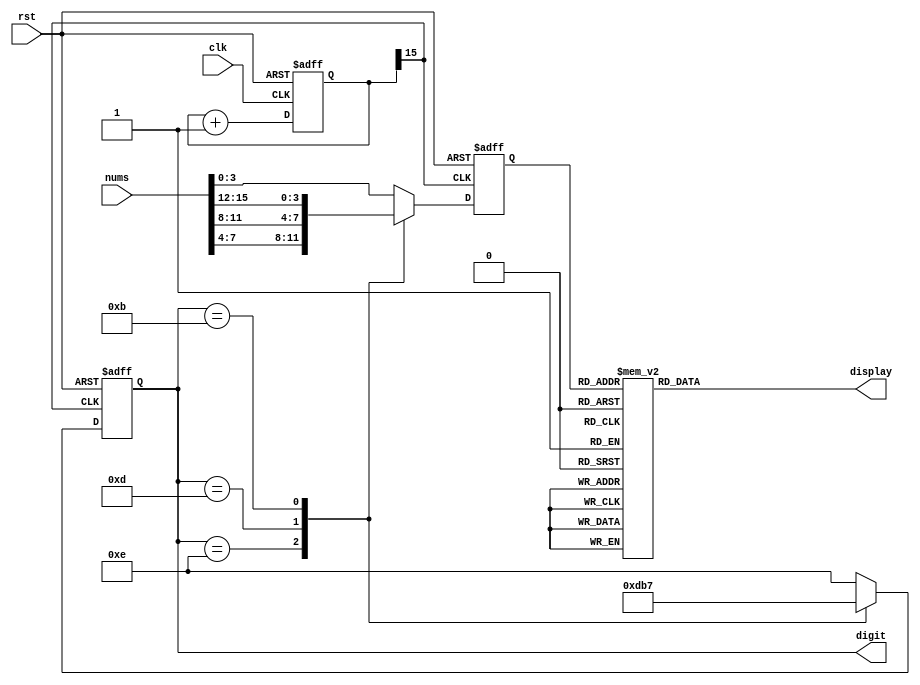
module SevenSegment(
	output reg [6:0] display,
	output reg [3:0] digit,
	input wire [15:0] nums,
	input wire rst,
	input wire clk
    );
    
    reg [15:0] clk_divider;
    reg [3:0] display_num;
    
    always @ (posedge clk, posedge rst) begin
    	if (rst) begin
    		clk_divider <= 15'b0;
    	end else begin
    		clk_divider <= clk_divider + 15'b1;
    	end
    end
    
    always @ (posedge clk_divider[15], posedge rst) begin
    	if (rst) begin
    		display_num <= 4'b0000;
    		digit <= 4'b1111;
    	end else begin
    		case (digit)
    			4'b1110 : begin
    					display_num <= nums[7:4];
    					digit <= 4'b1101;
    				end
    			4'b1101 : begin
						display_num <= nums[11:8];
						digit <= 4'b1011;
					end
    			4'b1011 : begin
						display_num <= nums[15:12];
						digit <= 4'b0111;
					end
    			4'b0111 : begin
						display_num <= nums[3:0];
						digit <= 4'b1110;
					end
    			default : begin
						display_num <= nums[3:0];
						digit <= 4'b1110;
					end				
    		endcase
    	end
    end
    
    always @ (*) begin
    	case (display_num)
    		0 : display = 7'b1000000;	//0000
			1 : display = 7'b1111001;   //0001                                                
			2 : display = 7'b0100100;   //0010                                                
			3 : display = 7'b0110000;   //0011                                             
			4 : display = 7'b0011001;   //0100                                               
			5 : display = 7'b0010010;   //0101                                               
			6 : display = 7'b0000010;   //0110
			7 : display = 7'b1111000;   //0111
			8 : display = 7'b0000000;   //1000
			9 : display = 7'b0010000;	//1001
			default : display = 7'b1111111;
    	endcase
    end
    
endmodule